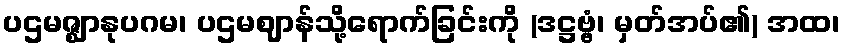
ပဌမဇ္ဈာနုပဂမ၊ ပဌမဈာန်သို့ရောက်ခြင်းကို (ဒဋ္ဌဗ္ဗံ၊ မှတ်အပ်၏) အထ၊